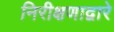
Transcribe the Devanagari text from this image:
निरीक्षणाद्वारे